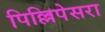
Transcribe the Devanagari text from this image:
पिल्लिपेसरा